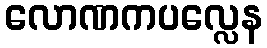
လောဏကပလ္လေန